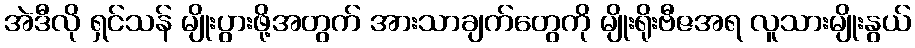
အဲဒီလို ရှင်သန် မျိုးပွားဖို့အတွက် အားသာချက်တွေကို မျိုးရိုးဗီဇအရ လူသားမျိုးနွယ်